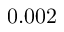
0 . 0 0 2